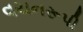
વચનરૂપી